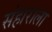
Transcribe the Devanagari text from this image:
संहाराला